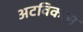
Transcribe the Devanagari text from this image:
अटविकास